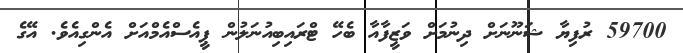
59700 ރުފިޔާ ޝަނޫނަށް ދިނުމަށް ވަޒީފާއާ ބެހޭ ޓްރައިބިއުނަލުން ޕީއެސްއެމްއަށް އެންގިއެވެ. އޭގެ